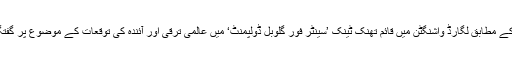
امریکی ٹی وی کے مطابق لگارڈ واشنگٹن میں قائم تھنک ٹینک ’سینٹر فور گلوبل ڈولپمنٹ‘ میں عالمی ترقی اور آئندہ کی توقعات کے موضوع پر گفتگو کر رہی تھیں۔